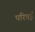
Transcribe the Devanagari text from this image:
परिचई